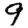
Digit: 9